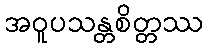
အဝူပသန္တစိတ္တဿ